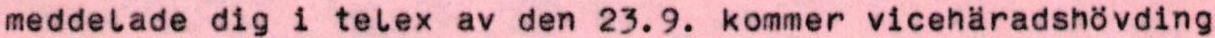
meddelade dig i telex av den 23.9. kommer vicehäradshövding